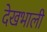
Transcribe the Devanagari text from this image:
देखभाली